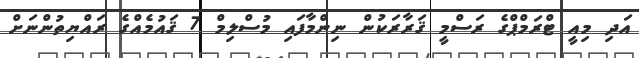
އަދި މިއީ ޓްރަމްޕްގެ ރަސްމީ ޤަރާރަކުން ނިންމާފައި މުސްލިމް 7 ޤައުމެއްގެ ރައްޔިތުންނަށް